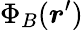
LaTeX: \Phi_{B}(\boldsymbol{r}^{\prime})